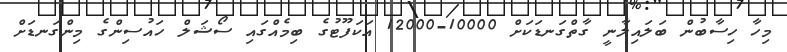
މިހާ ހިސާބުން ބަލައިލާނީ ގާތްގަނޑަކަށް 10000-12000 އަކަފޫޓުގެ ބިމެއްގައި ސޯޝަލް ހައުސިންގެ މިންގަނޑަށް